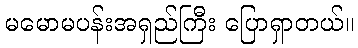
မမောမပန်းအရှည်ကြီး ပြောရှာတယ်။